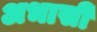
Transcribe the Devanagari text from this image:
अभासी